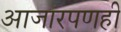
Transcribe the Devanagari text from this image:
आजारपणही